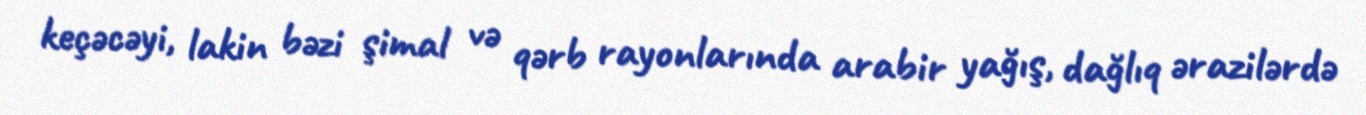
keçəcəyi, lakin bəzi şimal və qərb rayonlarında arabir yağış, dağlıq ərazilərdə